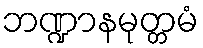
ဘဏ္ဍာနမုတ္တမံ